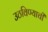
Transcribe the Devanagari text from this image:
उठविण्याची